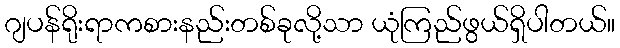
ဂျပန်ရိုးရာကစားနည်းတစ်ခုလို့သာ ယုံကြည်ဖွယ်ရှိပါတယ်။